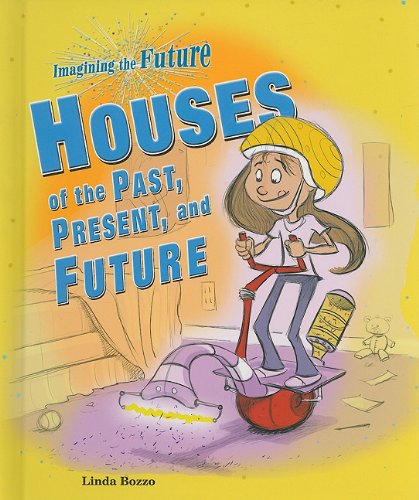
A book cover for Houses of the Past, Present, and Future (Imagining the Future); Linda Bozzo; Children's Books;